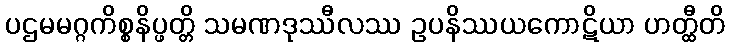
ပဌမမဂ္ဂကိစ္စနိပ္ဖတ္တိ သမဏဒုဿီလဿ ဥပနိဿယကောဋိယာ ဟတ္ထီတိ